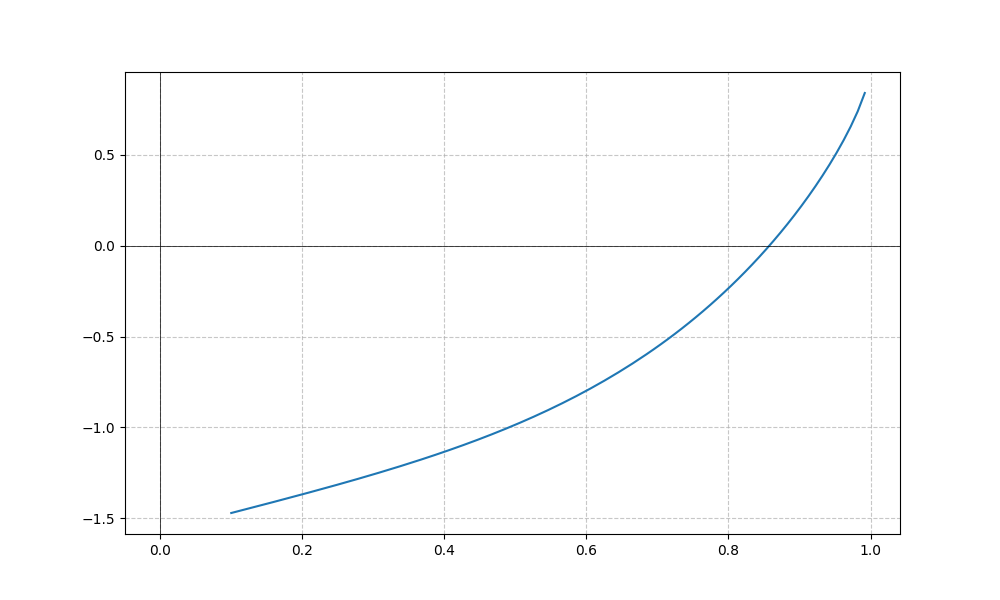
LaTeX formula: x^{4} - \operatorname{acos}{\left(x \right)}